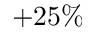
+ 2 5 \%